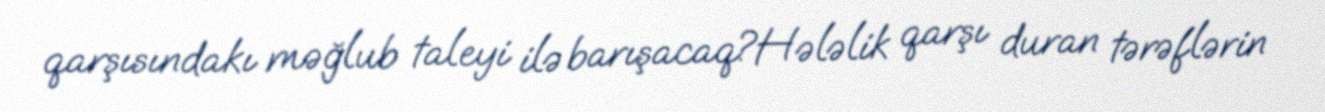
qarşısındakı məğlub taleyi ilə barışacaq?Hələlik qarşı duran tərəflərin